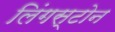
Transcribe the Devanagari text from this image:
लिंगस्टोन